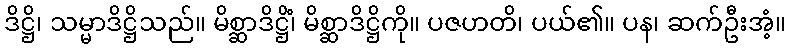
ဒိဋ္ဌိ၊ သမ္မာဒိဋ္ဌိသည်။ မိစ္ဆာဒိဋ္ဌိံ၊ မိစ္ဆာဒိဋ္ဌိကို။ ပဇဟတိ၊ ပယ်၏။ ပန၊ ဆက်ဦးအံ့။